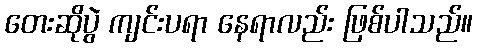
တေးဆိုပွဲ ကျင်းပရာ နေရာလည်း ဖြစ်ပါသည်။